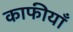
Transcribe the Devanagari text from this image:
काफीयाँ